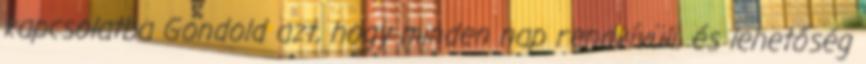
kapcsolatba Gondold azt, hogy minden nap rendkívüli, és lehetőség